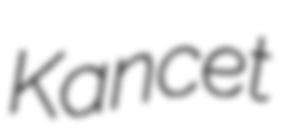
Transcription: Kancet